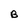
Character: B